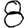
Digit: 8